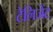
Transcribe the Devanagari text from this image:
टेलिजेंट